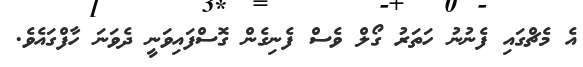
އެ މެޗްގައި ފެނުނު ހަތަރު ގޯލް ވެސް ފެނިގެން ގޮސްފައިވަނީ ދެވަނަ ހާފްގައެވެ.